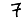
Digit: 7